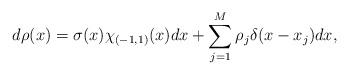
LaTeX: \begin{align*}d\rho(x)=\sigma(x)\chi_{(-1,1)}(x)dx+\sum_{j=1}^{M}\rho_j\delta (x-x_j)dx,\end{align*}